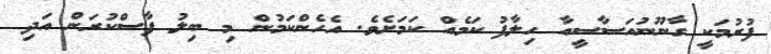
ފުރުމަކީ ގާނޫނުއަސާސީއާ ހިލާފު ކަމެއް ކަމަށެވެ. އެހެންކަމުން މި ބިލު ފާސްކުރަން އަދި